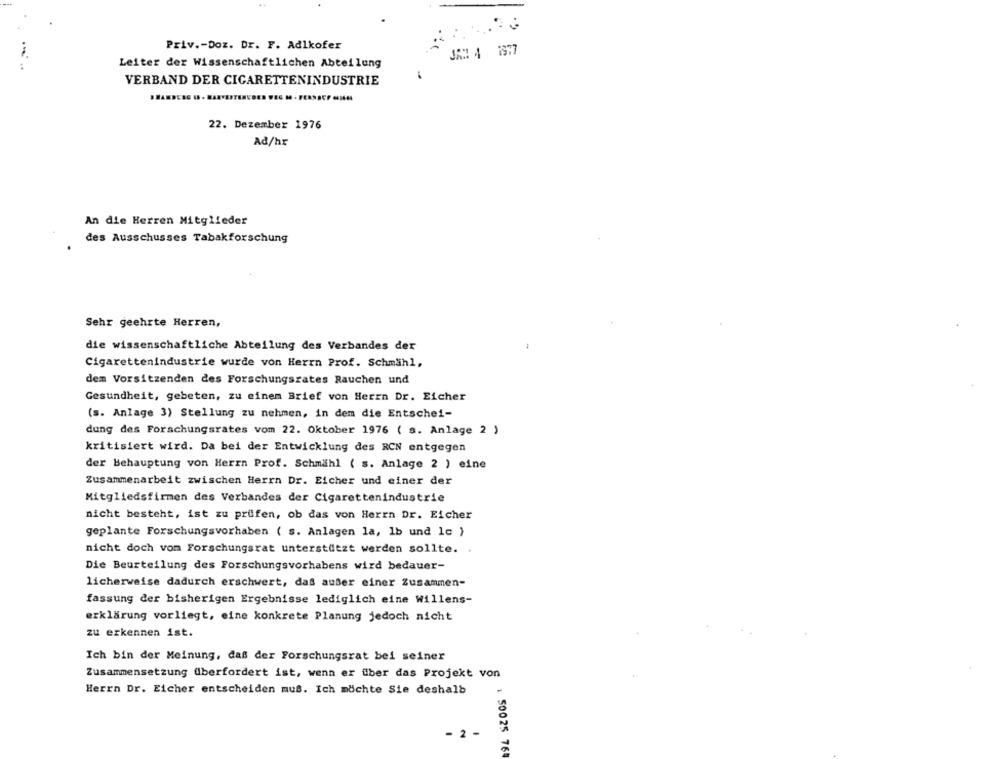
Priv. - Doz. Dr. F. Adlkofer
JAM 4 1977
..
Leiter der Wissenschaftlichen Abteilung
VERBAND DER CIGARETTENINDUSTRIE
22. Dezember 1976
Ad/hr
An die Herren Mitglieder
des Ausschusses Tabakforschung
Sehr geehrte Herren,
die wissenschaftliche Abteilung des Verbandes der
Cigarettenindustrie wurde von Herrn Prof. Schmähl,
dem Vorsitzenden des Forschungsrates Rauchen und
Gesundheit, gebeten, zu einem Brief von Herrn Dr. Eicher
(s. Anlage 3) Stellung zu nehmen, in dem die Entschei-
dung des Forschungsrates vom 22. Oktober 1976 ( s. Anlage 2 )
kritisiert wird. Da bei der Entwicklung des RCN entgegen
der Behauptung von Herrn Prof. Schmähl ( s. Anlage 2 ) eine
Zusammenarbeit zwischen Herrn Dr. Eicher und einer der
Mitgliedsfirmen des Verbandes der Cigarettenindustrie
nicht besteht, ist zu prüfen, ob das von Herrn Dr. Eicher
geplante Forschungsvorhaben ( s. Anlagen la, 1b und lc )
nicht doch vom Forschungsrat unterstützt werden sollte.
Die Beurteilung des Forschungsvorhabens wird bedauer-
licherweise dadurch erschwert, das außer einer Zusammen-
fassung der bisherigen Ergebnisse lediglich eine willens-
erklärung vorliegt, eine konkrete Planung jedoch nicht
zu erkennen ist.
Ich bin der Meinung, daß der Forschungsrat bei seiner
Zusammensetzung überfordert ist, wenn er über das Projekt von
Herrn Dr. Eicher entscheiden muß. Ich möchte Sie deshalb
-
2
: 50025 764